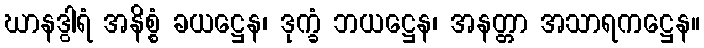
ဃာနဒွါရံ အနိစ္စံ ခယဋ္ဌေန၊ ဒုက္ခံ ဘယဋ္ဌေန၊ အနတ္တာ အသာရကဋ္ဌေန။